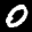
Label: 0